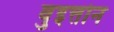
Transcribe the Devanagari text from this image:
वुइत्तोन